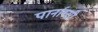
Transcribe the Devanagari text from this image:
पार्नास्सी